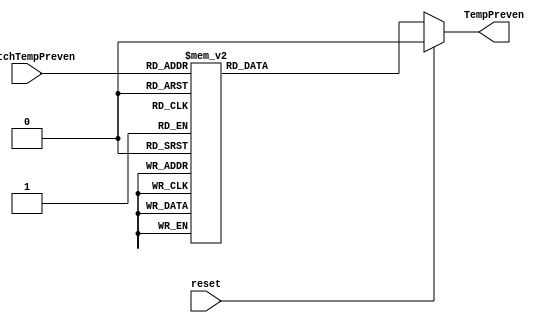
`timescale 1ns / 1ps
//////////////////////////////////////////////////////////////////////////////////
// Company: 
// Engineer: 
// 
// Design Name: 
// Module Name:    Deco_T30 
// Project Name: 
// Target Devices: 
// Tool versions: 
// Description: 
//
// Dependencies: 
//
// Revision: 
// Revision 0.01 - File Created
// Additional Comments: 
//
//////////////////////////////////////////////////////////////////////////////////
module Deco_T30(
   input wire [2:0] switchTempPreven,
	input wire reset,
	output reg TempPreven
	
    );
 always @*
	begin
	
      if (reset)
          TempPreven <= 1'b0;
      else
			begin
         case (switchTempPreven)
				3'b000  : TempPreven <= 1'b0;
            3'b001  : TempPreven <= 1'b0;
            3'b010  : TempPreven <= 1'b0;
            3'b011  : TempPreven <= 1'b0;
            3'b100  : TempPreven <= 1'b0;
            3'b101  : TempPreven <= 1'b0;
            3'b110  : TempPreven <= 1'b1;
            3'b111  : TempPreven <= 1'b0;
            default : TempPreven <= 1'b0;
         endcase
			end
		end
		
		

endmodule